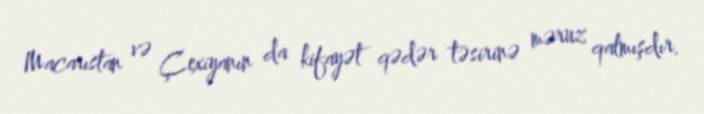
Macarıstan və Çexiyanın da kifayət qədər təsirinə məruz qalmışdır.